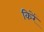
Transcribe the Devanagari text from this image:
किरें